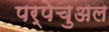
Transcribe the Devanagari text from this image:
पर्पेचुअल